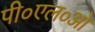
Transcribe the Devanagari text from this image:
पी०एल०ओ